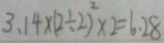
3 . 1 4 \times ( 2 \div 2 ) ^ { 2 } \times 2 = 6 . 2 8